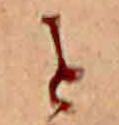
と